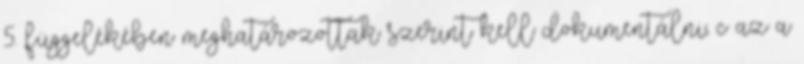
5. függelékében meghatározottak szerint kell dokumentálni; c az a